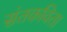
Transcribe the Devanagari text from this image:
संतकविता